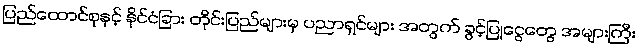
ပြည်ထောင်စုနှင့် နိုင်ငံခြား တိုင်းပြည်များမှ ပညာရှင်များ အတွက် ခွင့်ပြုငွေတွေ အများကြီး